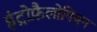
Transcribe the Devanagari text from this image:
इंट्रोफ़ैलोपियन